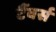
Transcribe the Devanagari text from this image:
टैंवर्स